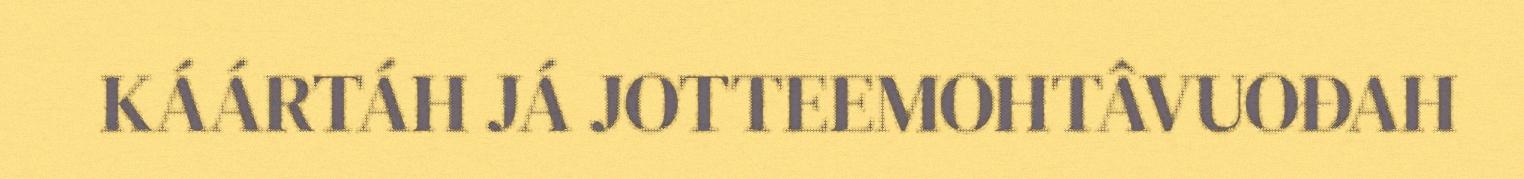
KÁÁRTÁH JÁ JOTTEEMOHTÂVUOĐAH